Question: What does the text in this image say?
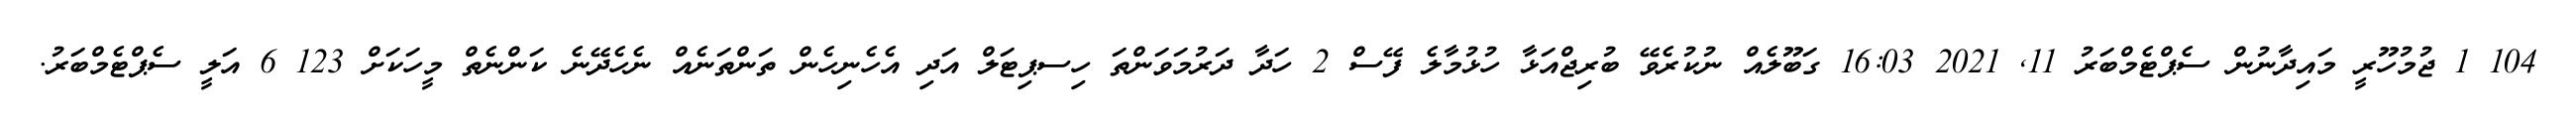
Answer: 104 1 ޖުމުހޫރީ މައިދާނުން ސެޕްޓެމްބަރު 11, 2021 16:03 ގަބޫލެއް ނުކުރެވޭ ބުރިޖްއަޅާ ހުޅުމާލެ ފޭސް 2 ހަދާ ދަރުމަވަންތަ ހިސޕިޓަލް އަދި އެހެނިހެން ތަންތަނެއް ނެހެދޭނެ ކަންނެތް މީހަކަށް 123 6 އަލީ ސެޕްޓެމްބަރު.